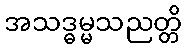
အသဒ္ဓမ္မသညတ္တိ